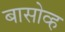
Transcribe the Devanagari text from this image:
बासोव्ह